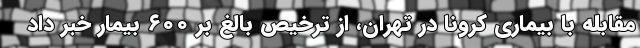
مقابله با بیماری کرونا در تهران، از ترخیص بالغ بر ۶۰۰ بیمار خبر داد